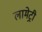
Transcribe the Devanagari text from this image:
लामेट्री